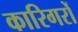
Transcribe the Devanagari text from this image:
कारिगरों